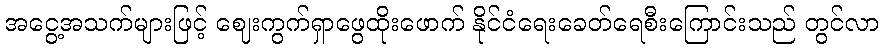
အငွေ့အသက်များဖြင့် ဈေးကွက်ရှာဖွေထိုးဖောက် နိုင်ငံရေးခေတ်ရေစီးကြောင်းသည် တွင်လာ